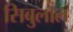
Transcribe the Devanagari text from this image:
सिबुलाल